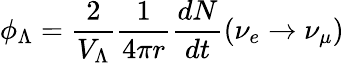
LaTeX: \phi_{\Lambda}=\frac{2}{V_{\Lambda}}\frac{1}{4\pi r}\frac{dN}{dt}(\nu_{e}\rightarrow\nu_{\mu})